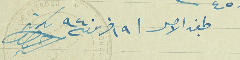
طبق الاصل فى ١٩ حزيران سنة ٩٤٠ سكرتر